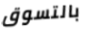
بالتسوق